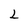
Character: 2